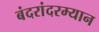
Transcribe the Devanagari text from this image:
बंदरांदरम्यान